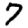
Digit: 7